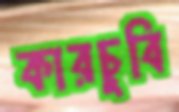
কারচুবি